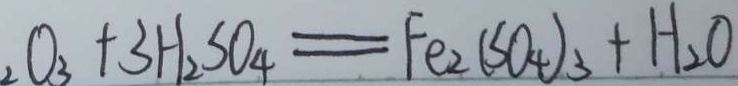
O _ { 3 } + 3 H _ { 2 } S O _ { 4 } = F e _ { 2 } ( S O _ { 4 } ) _ { 3 } + H _ { 2 } O